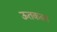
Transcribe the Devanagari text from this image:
ऊतकका